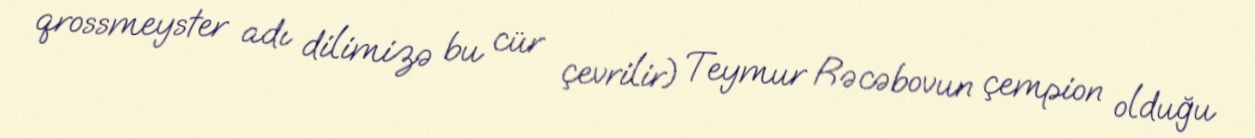
qrossmeyster adı dilimizə bu cür çevrilir) Teymur Rəcəbovun çempion olduğu